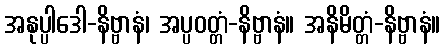
အနုပ္ပါဒေါ-နိဗ္ဗာနံ၊ အပ္ပဝတ္တံ-နိဗ္ဗာနံ။ အနိမိတ္တံ-နိဗ္ဗာနံ။